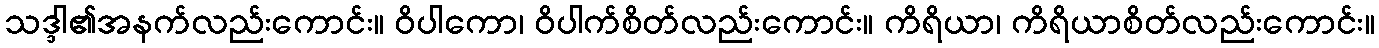
သဒ္ဒါ၏အနက်လည်းကောင်း။ ဝိပါကော၊ ဝိပါက်စိတ်လည်းကောင်း။ ကိရိယာ၊ ကိရိယာစိတ်လည်းကောင်း။